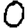
Digit: 0